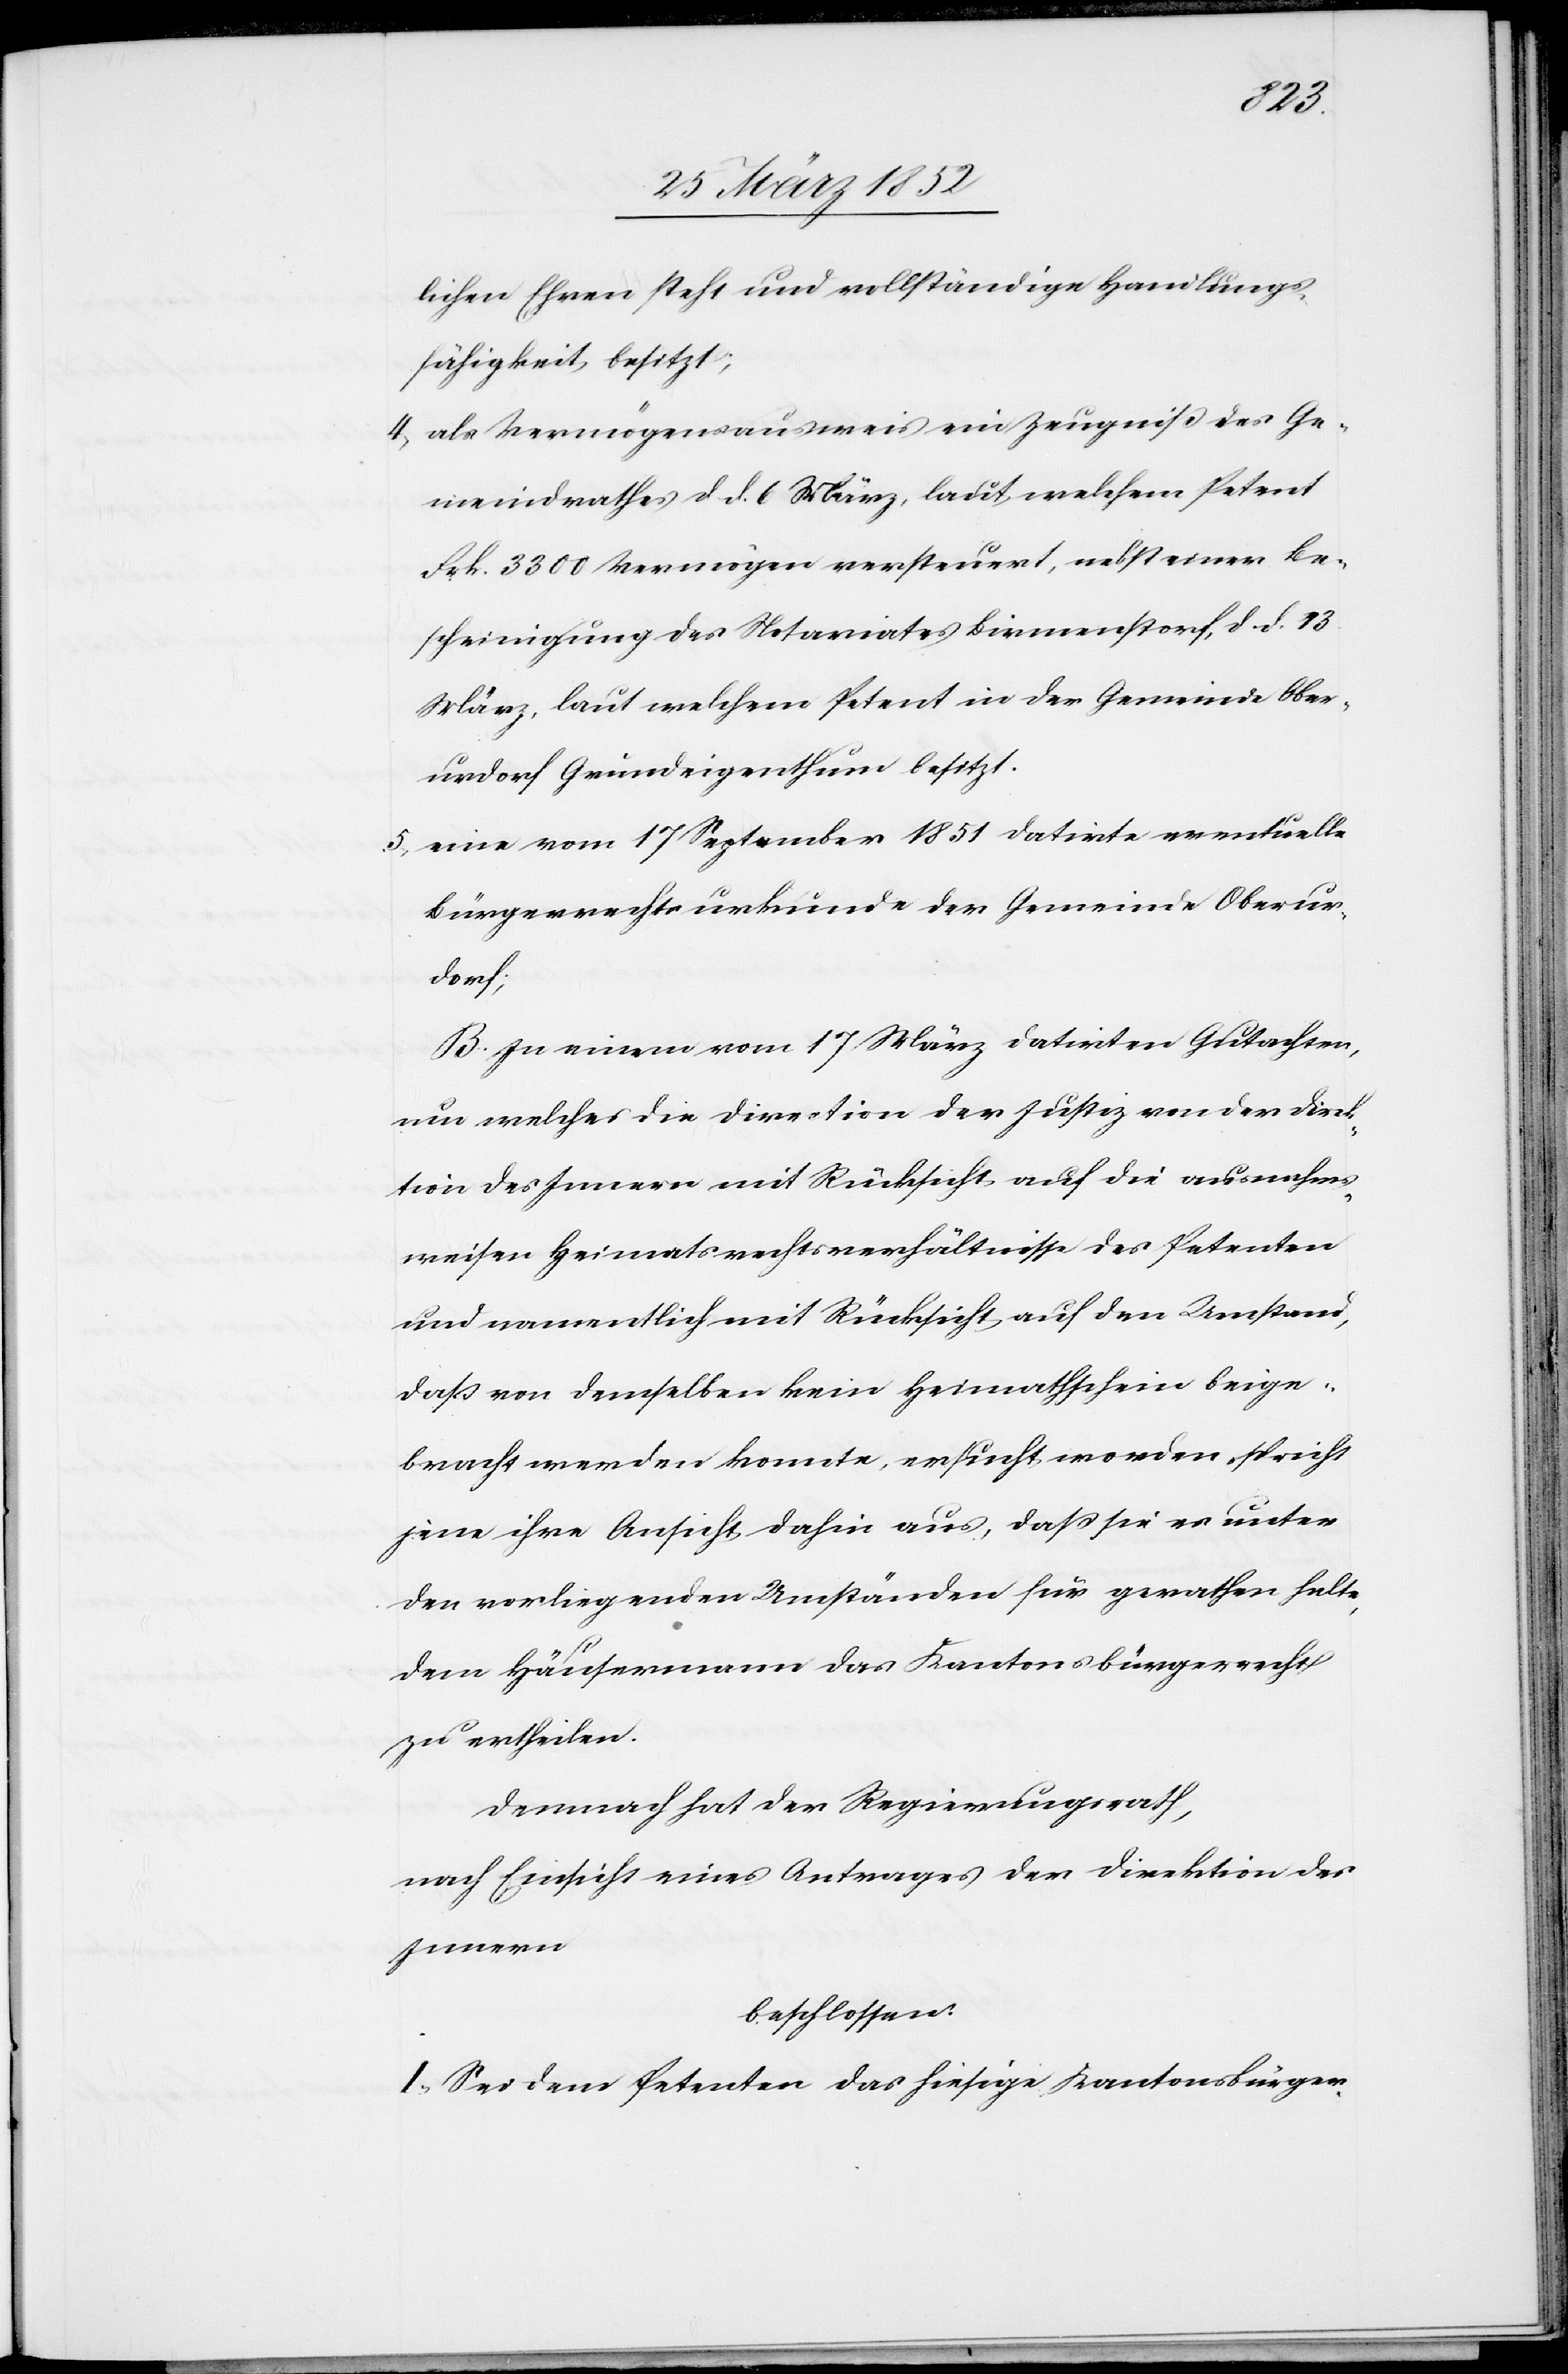
lichen Ehren steht und vollständige Handlungs¬
fähigkeit besitzt;
4) als Vermögensausweis ein Zeugniß des Ge¬
meindrathes d. d. 6 März, laut welchem Petent
Frk. 3300 Vermögen versteuert, nebst einer Be¬
scheinigung des Notariates Birmenstorf, d. d. 13
März, laut welchem Petent in der Gemeinde Ober¬
urdorf Grundeigenthum besitzt.
5) eine vom 17 September 1851 datirte eventuelle
Bürgerrechtsurkunde der Gemeinde Oberur¬
dorf;
B. In einem vom 17 März datirten Gutachten,
um welches die Direction der Justiz von der Direk¬
tion des Innern mit Rücksicht auf die ausnahms¬
weisen Heimatsrechtsverhältnisse des Petenten
und namentlich mit Rücksicht auf den Umstand,
daß von demselben kein Heimathschein beige¬
bracht werden konnte, ersucht worden, spricht
jene ihre Ansicht dahin aus, daß sie es unter
den vorliegenden Umständen für gerathen halte,
dem Häusermann das Kantonsbürgerrecht
zu ertheilen.
Demnach hat der Regierungsrath,
nach Einsicht eines Antrages der Direktion des
Innern
beschlossen:
I. Sei dem Petenten das hiesige Kantonsbürger-